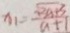
x _ { 1 } = \frac { \sqrt { 3 a + 3 } } { a + 1 }